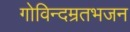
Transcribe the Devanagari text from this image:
गोविन्दम्रतभजन